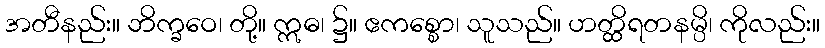
အတီနည်း။ ဘိက္ခဝေ၊ တို့။ ဣဓ၊ ၌။ ဧကစ္စော၊ သူသည်။ ဟတ္ထိရတနမ္ပိ၊ ကိုလည်း။